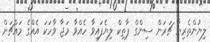
ލިޔުންތެރިޔާ ޗަރަން ސިންގް ޕާތިކް ލިޔެފައިވާ ހެއްވާ މަޖާ ވާހަކަ އެއްގެ މައްޗަށް